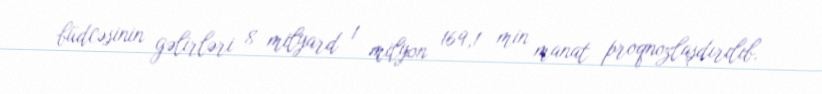
büdcəsinin gəlirləri 8 milyard 1 milyon 169,1 min manat proqnozlaşdırılıb.